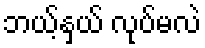
ဘယ့်နှယ် လုပ်မလဲ